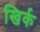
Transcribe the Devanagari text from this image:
खिर्क